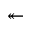
\twoheadleftarrow